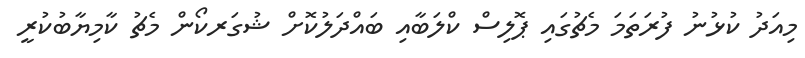
މިއަދު ކުޅުނު ފުރަތަމަ މެޗުގައި ޕޮލިސް ކްލަބާއި ބައްދަލުކޮށް ޝުގަރކޯން މެޗު ކާމިޔާބުކުރީ